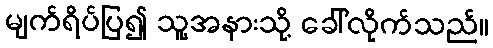
မျက်ရိပ်ပြ၍ သူ့အနားသို့ ခေါ်လိုက်သည်။